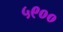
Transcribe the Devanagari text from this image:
५९००